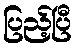
ပြည့်ပြီ